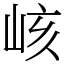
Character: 峐